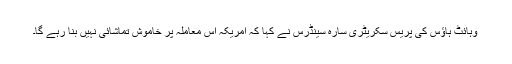
وہائٹ ہاؤس کی پریس سکریٹری سارہ سینڈرس نے کہا کہ امریکہ اس معاملہ پر خاموش تماشائی نہیں بنا رہے گا۔